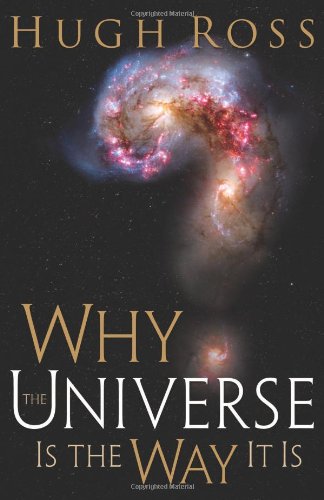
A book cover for Why the Universe Is the Way It Is; Hugh Ross; Christian Books & Bibles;